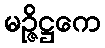
မဉ္ဇိဋ္ဌကေ